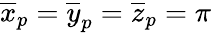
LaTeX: \overline{{x}}_{p}=\overline{{y}}_{p}=\overline{{z}}_{p}=\pi